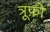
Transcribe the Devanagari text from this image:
त्रूफ़ो